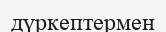
дүркептермен